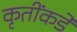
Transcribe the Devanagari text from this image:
कृतींकडे